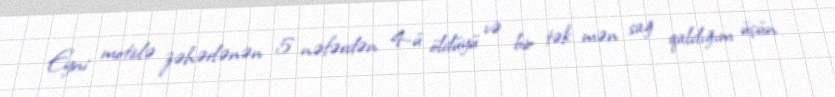
Eyni motivlə zəhərlənən 5 nəfərdən 4-ü öldüyü və bir tək mən sağ qaldığım üçün